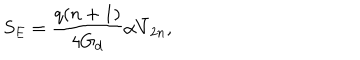
LaTeX: S _ { E } = \frac { q ( n + 1 ) } { 4 G _ { d } } \alpha \bar { V } _ { 2 n } ,